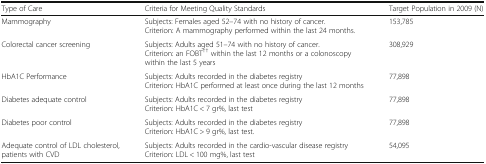
| Type of Care | Criteria for Meeting Quality Standards | Target Population in 2009 (N) |
 | --- | --- | --- |
 | Mammography | Subjects: Females aged 52–74 with no history of cancer.Criterion: A mammography performed within the last 24 months. | 153,785 |
 | Colorectal cancer screening | Subjects: Adults aged 51–74 with no history of cancer.Criterion: an FOBT†† within the last 12 months or a colonoscopy within the last 5 years | 308,929 |
 | HbA1C Performance | Subjects: Adults recorded in the diabetes registryCriterion: HbA1C performed at least once during the last 12 months | 77,898 |
 | Diabetes adequate control | Subjects: Adults recorded in the diabetes registryCriterion: HbA1C < 7 gr%, last test | 77,898 |
 | Diabetes poor control | Subjects: Adults recorded in the diabetes registryCriterion: HbA1C > 9 gr%, last test. | 77,898 |
 | Adequate control of LDL cholesterol, patients with CVD | Subjects: Adults recorded in the cardio-vascular disease registryCriterion: LDL < 100 mg%, last test | 54,095 |